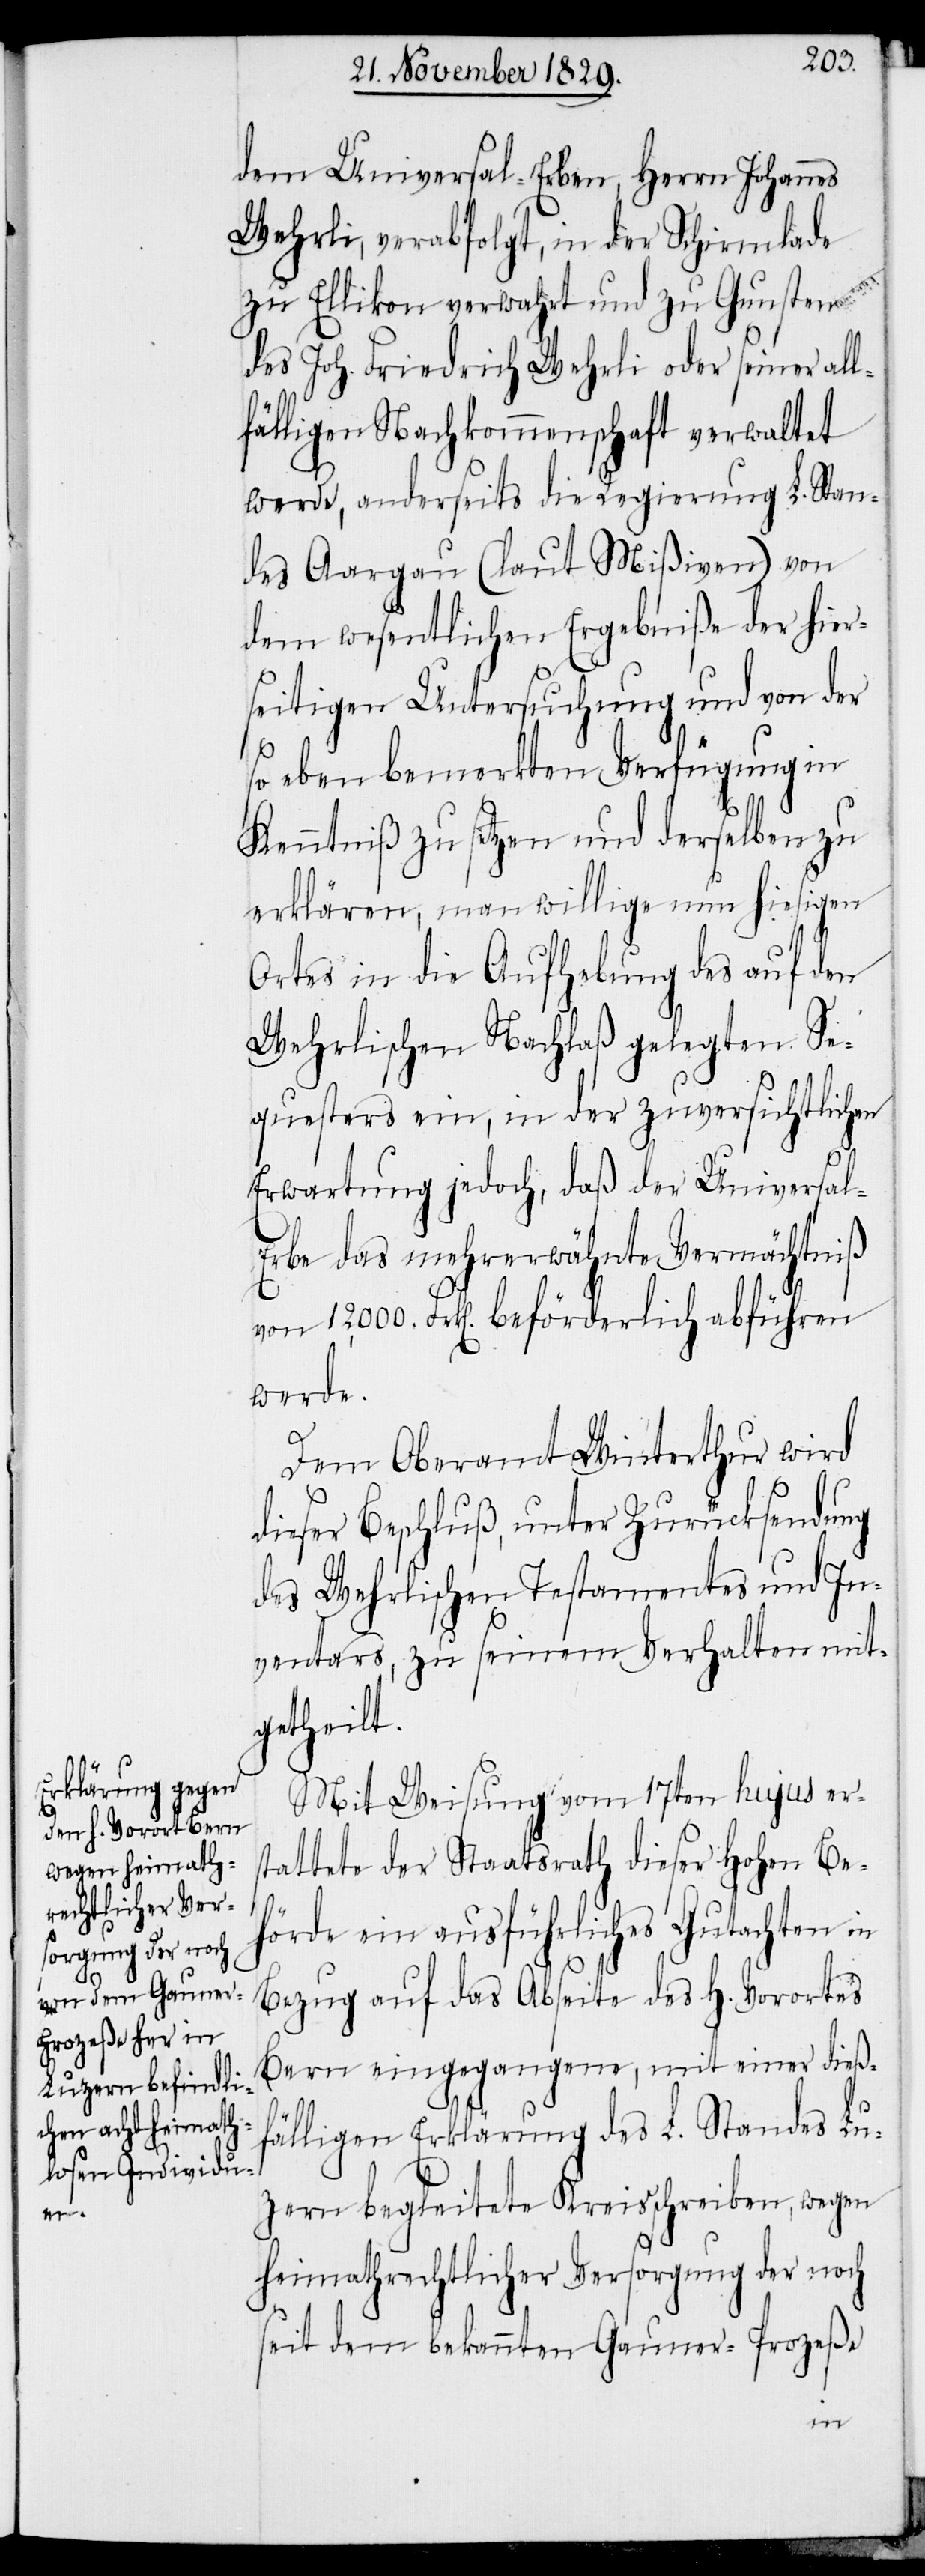
dem Universal-Erben, Herrn Johannes
Wehrli, verabfolgt, in der Schirmlade
zu Ellikon verwahrt und zu Gunsten
des Joh. Friedrich Wehrli oder seiner all¬
fälligen Nachkommenschaft verwaltet
werde, anderseits die Regierung L. Stan¬
des Aargau (laut Mißiven) von
dem wesentlichen Ergebniße der hier¬
seitigen Untersuchung und von der
so eben bemerkten Verfügung in
Kenntniß zu setzen und derselben zu
erklären, man willige nun hiesigen
Ortes in die Aufhebung des auf den
Wehrlischen Nachlaß gelegten Se¬
questers ein, in der zuversichtlichen
Erwartung jedoch, daß der Universa¬
rbe das mehrerwähnte Vermächtniß
von 12,000. Frk[en]. beförderlich abführen
werde.
Dem Oberamt Winterthur wird
dieser Beschluß, unter Zurücksendung
des Wehrlischen Testaments und In¬
ventars, zu seinem Verhalten mit¬
getheilt.
Mit Weisung vom 17ten hujus er¬
stattete der Staatsrath dieser Hohen Be¬
hörde ein ausführliches Gutachten in
Bezug auf das Abseite des H. Vorortes
Bern eingegangene, mit einer dieß¬
fälligen Erklärung des L. Standes Lu¬
zern begleitete Kreisschreiben, wegen
heimathrechtlicher Versorgung der noch
seit dem bekannten Gauner-Prozeße
l-E¬